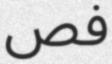
فص